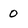
Character: 0